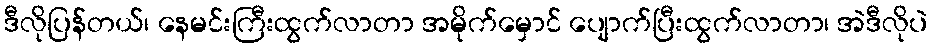
ဒီလိုပြန်တယ်၊ နေမင်းကြီးထွက်လာတာ အမိုက်မှောင် ပျောက်ပြီးထွက်လာတာ၊ အဲဒီလိုပဲ